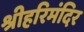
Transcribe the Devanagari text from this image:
श्रीहरिमंदिर